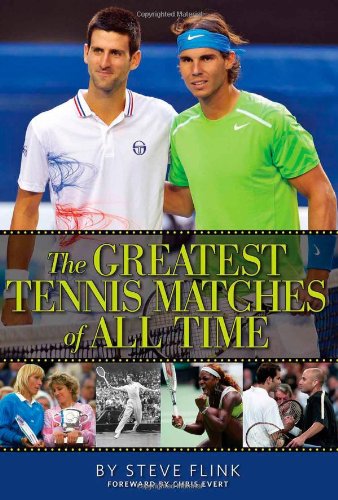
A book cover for The Greatest Tennis Matches of All Time; Steve Flink; Sports & Outdoors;